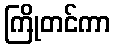
ကြိုတင်ကာ